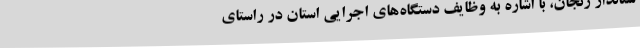
ستاندار زنجان، با اشاره به وظایف دستگاه‌های اجرایی استان در راستای